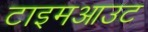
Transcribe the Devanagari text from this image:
टाइमआउट